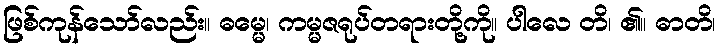
ဖြစ်ကုန်သော်လည်း။ ဓမ္မေ၊ ကမ္မဇရုပ်တရားတို့ကို။ ပါလေ တိ၊ ၏။ ဓာတိ၊